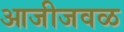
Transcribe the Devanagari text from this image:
आजीजवळ